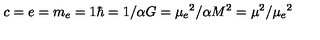
c = e = m _ { e } = 1 \hbar = 1 / \alpha G = \mu _ { e } { } ^ { 2 } / \alpha M ^ { 2 } = \mu ^ { 2 } / \mu _ { e } { } ^ { 2 }